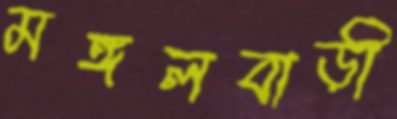
মঙ্গলবাড়ী